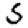
Digit: 5